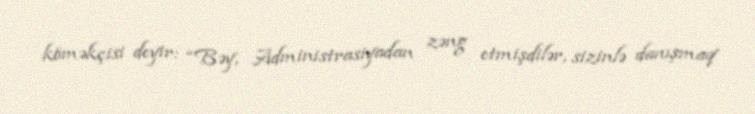
köməkçisi deyir: “Bəy, Administrasiyadan zəng etmişdilər, sizinlə danışmaq